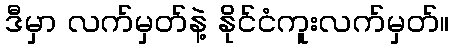
ဒီမှာ လက်မှတ်နဲ့ နိုင်ငံကူးလက်မှတ်။